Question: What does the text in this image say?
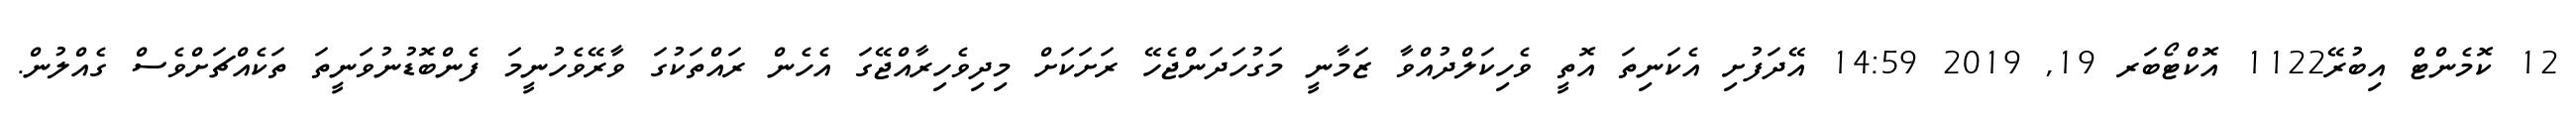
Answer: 12 ކޮމެންޓް އިބުރޭ1122 އޮކްޓޯބަރ 19, 2019 14:59 އޭދަފުށި އެކަނިތަ އޮތީ ވެހިކަލްދުއްވާ ޒަމާނީ މަގުހަދަންޖެހޭ ރަށަކަށް މިދިވެހިރާއްޖޭގަ އެހެން ރައްތަކުގަ ވާރޭވެހުނީމަ ފެންބޮޑުނުވަނީތަ ތަކެއްޗަށްވެސް ގެއްލުން.